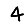
Digit: 4